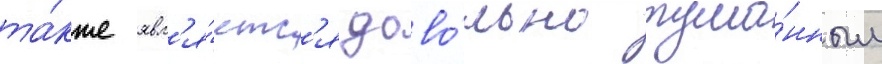
та́кже явл'я́етс'я дово́льно тума́нным